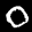
Label: 0